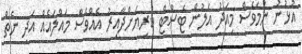
އުޅުނު ނަމަވެސް މިއަދު އަލުން ޓެސްޓް ކުރިޔަށްދާއިރު އެއްވެސް މައްލައެއް އަދި ނެތް